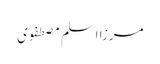
مرزا اسلم مصطفوی